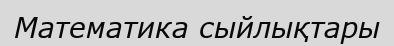
Математика сыйлықтары